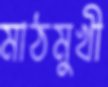
মাঠমুখী